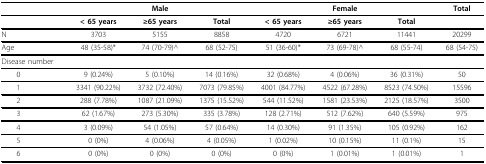
<table><thead><tr><td>[EMPTY_CELL]</td><td colspan="3"><b>Male</b></td><td colspan="3"><b>Female</b></td><td><b>Total</b></td></tr></thead><tbody><tr><td>[EMPTY_CELL]</td><td><b>&lt; 65 years</b></td><td><b>≥65 years</b></td><td><b>Total</b></td><td><b>&lt; 65 years</b></td><td><b>≥65 years</b></td><td><b>Total</b></td><td>[EMPTY_CELL]</td></tr><tr><td>N</td><td>3703</td><td>5155</td><td>8858</td><td>4720</td><td>6721</td><td>11441</td><td>20299</td></tr><tr><td>Age</td><td>48 (35-58)*</td><td>74 (70-79)^</td><td>68 (52-75)</td><td>51 (36-60)*</td><td>73 (69-78)^</td><td>68 (55-74)</td><td>68 (54-75)</td></tr><tr><td>Disease number</td><td>[EMPTY_CELL]</td><td>[EMPTY_CELL]</td><td>[EMPTY_CELL]</td><td>[EMPTY_CELL]</td><td>[EMPTY_CELL]</td><td>[EMPTY_CELL]</td><td>[EMPTY_CELL]</td></tr><tr><td> 0</td><td>9 (0.24%)</td><td>5 (0.10%)</td><td>14 (0.16%)</td><td>32 (0.68%)</td><td>4 (0.06%)</td><td>36 (0.31%)</td><td>50</td></tr><tr><td> 1</td><td>3341 (90.22%)</td><td>3732 (72.40%)</td><td>7073 (79.85%)</td><td>4001 (84.77%)</td><td>4522 (67.28%)</td><td>8523 (74.50%)</td><td>15596</td></tr><tr><td> 2</td><td>288 (7.78%)</td><td>1087 (21.09%)</td><td>1375 (15.52%)</td><td>544 (11.52%)</td><td>1581 (23.53%)</td><td>2125 (18.57%)</td><td>3500</td></tr><tr><td> 3</td><td>62 (1.67%)</td><td>273 (5.30%)</td><td>335 (3.78%)</td><td>128 (2.71%)</td><td>512 (7.62%)</td><td>640 (5.59%)</td><td>975</td></tr><tr><td> 4</td><td>3 (0.09%)</td><td>54 (1.05%)</td><td>57 (0.64%)</td><td>14 (0.30%)</td><td>91 (1.35%)</td><td>105 (0.92%)</td><td>162</td></tr><tr><td> 5</td><td>0 (0%)</td><td>4 (0.06%)</td><td>4 (0.05%)</td><td>1 (0.02%)</td><td>10 (0.15%)</td><td>11 (0.1%)</td><td>15</td></tr><tr><td> 6</td><td>0 (0%)</td><td>0 (0%)</td><td>0 (0%)</td><td>0 (0%)</td><td>1 (0.01%)</td><td>1 (0.01%)</td><td>1</td></tr></tbody></table>